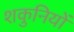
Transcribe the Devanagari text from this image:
शकुनियों